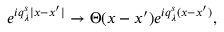
e ^ { i q _ { \lambda } ^ { s } | x - x ^ { \prime } | } \to \Theta ( x - x ^ { \prime } ) e ^ { i q _ { \lambda } ^ { s } ( x - x ^ { \prime } ) } ,